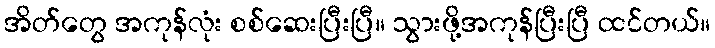
အိတ်တွေ အကုန်လုံး စစ်ဆေးပြီးပြီ။ သွားဖို့အကုန်ပြီးပြီ ထင်တယ်။